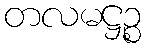
တလမဋ္ဌဉ္စ